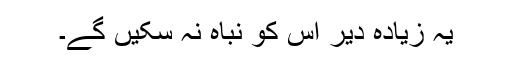
یہ زیادہ دیر اس کو نباہ نہ سکیں گے۔